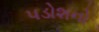
પડોશનો